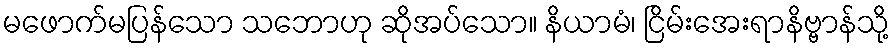
မဖောက်မပြန်သော သဘောဟု ဆိုအပ်သော။ နိယာမံ၊ ငြိမ်းအေးရာနိဗ္ဗာန်သို့